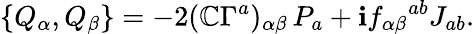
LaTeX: \{ Q_{\alpha},Q_{\beta}\} =-2(\mathbb{C}\Gamma^{a})_{\alpha\beta}\, P_{a}+\mathbf{i}f_{\alpha\beta}{}^{ab}J_{ab}.